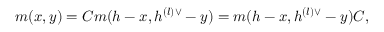
m ( x , y ) = { \cal C } m ( h - x , h ^ { ( l ) \vee } - y ) = m ( h - x , h ^ { ( l ) \vee } - y ) { \cal C } ,